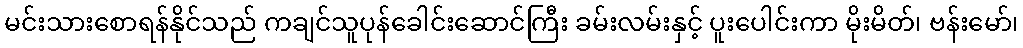
မင်းသားစောရန်နိုင်သည် ကချင်သူပုန်ခေါင်းဆောင်ကြီး ခမ်းလမ်းနှင့် ပူးပေါင်းကာ မိုးမိတ်၊ ဗန်းမော်၊